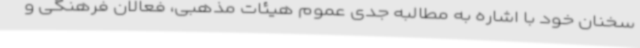
سخنان خود با اشاره به مطالبه جدی عموم هیئات مذهبی، فعالان فرهنگی و